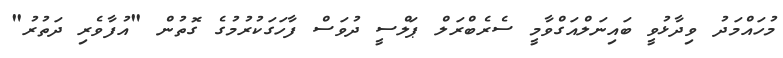
މުހައްމަދު ވިދާޅުވީ ބައިނަލްއަގްވާމީ ސެރެބްރަލް ޕަލްސީ ދުވަސް ފާހަގަކުރުމުގެ ގޮތުން "އުފާވެރި ދަތުރު"